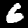
Digit: 6